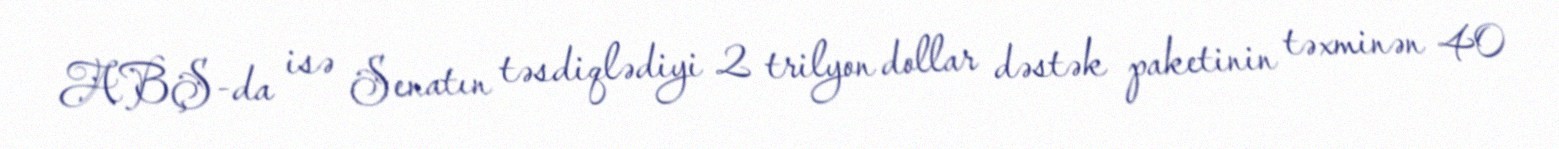
ABŞ-da isə Senatın təsdiqlədiyi 2 trilyon dollar dəstək paketinin təxminən 40